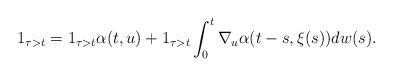
LaTeX: \begin{align*}1_{\tau>t}=1_{\tau>t} \alpha(t,u) +1_{\tau>t} \int^{t}_0 \nabla_u\alpha(t-s,\xi(s))dw(s).\end{align*}